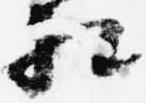
相